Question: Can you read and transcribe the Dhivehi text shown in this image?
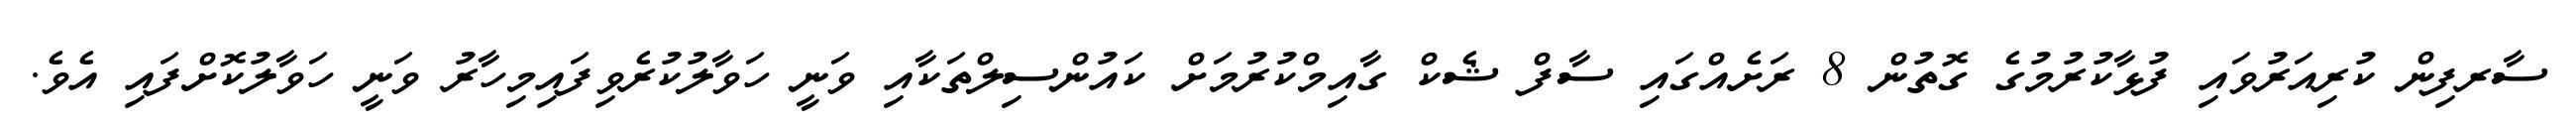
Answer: ސާރފިން ކުރިއަރުވައި ފުޅާކުރުމުގެ ގޮތުން 8 ރަށެއްގައި ސާފް ޝެކް ގާއިމްކުރުމަށް ކައުންސިލްތަކާއި ވަނީ ހަވާލުކުރެވިފައިމިހާރު ވަނީ ހަވާލުކޮށްފައި އެވެ.